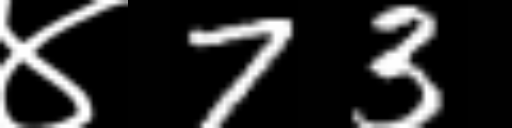
Text: ४73